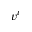
v ^ { i }